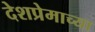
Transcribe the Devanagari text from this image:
देशप्रेमाच्या